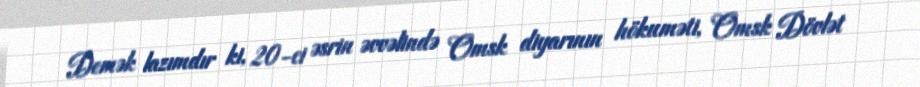
Demək lazımdır ki, 20-ci əsrin əvvəlində Omsk diyarının hökuməti, Omsk Dövlət